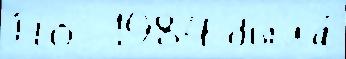
По  1984 была́